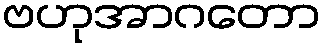
ဗဟုအာဂတော